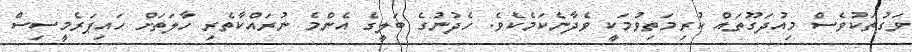
ވަގުތަކުވެސް މިއުދަގޫތައް ކުރިމަތިވުމަކީ ވެދާނެކަމެކެވެ. ހެދުނުގެ ބަލީގެ އެންމެ ނުރައްކާތެރި ހާލަތަށް ހައިޕަރެމީސިސް